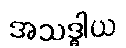
အသဒ္ဓါယ